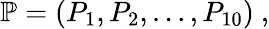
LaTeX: {\mathbb{P}}=(P_{1},P_{2},...,P_{10})\ ,